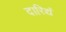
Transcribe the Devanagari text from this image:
दारिद्र्यं